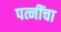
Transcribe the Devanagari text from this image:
पत्नींचा